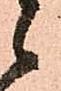
候